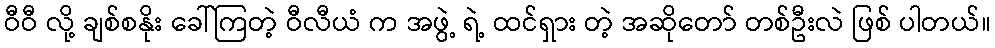
ဝီဝီ လို့ ချစ်စနိုး ခေါ်ကြတဲ့ ဝီလီယံ က အဖွဲ့ ရဲ့ ထင်ရှား တဲ့ အဆိုတော် တစ်ဦးလဲ ဖြစ် ပါတယ်။